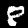
Digit: 8